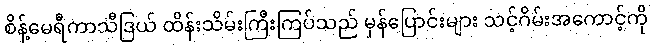
စိန့်မေရီကာသီဒြယ် ထိန်းသိမ်းကြီးကြပ်သည် မှန်ပြောင်းများ သင့်ဂိမ်းအကောင့်ကို